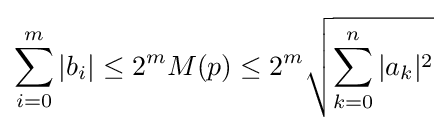
\sum _{i=0}^{m}|b_{i}|\leq 2^{m}M(p)\leq 2^{m}{\sqrt {\sum _{k=0}^{n}|a_{k}|^{2}}}